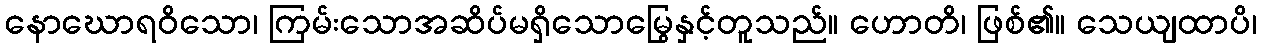
နောဃောရဝိသော၊ ကြမ်းသောအဆိပ်မရှိသောမြွေနှင့်တူသည်။ ဟောတိ၊ ဖြစ်၏။ သေယျထာပိ၊